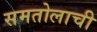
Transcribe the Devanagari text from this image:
समतोलाची